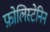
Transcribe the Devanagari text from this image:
फ़ोलिस्टेनिन